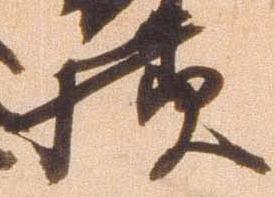
様